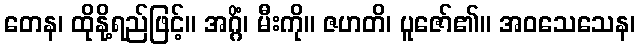
တေန၊ ထိုနို့ရည်ဖြင့်။ အဂ္ဂိံ၊ မီးကို။ ဇဟတိ၊ ပူဇော်၏။ အဝသေသေန၊